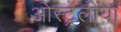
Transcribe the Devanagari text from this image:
ओस्ट्रेलीया